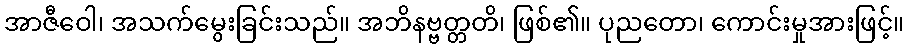
အာဇီဝေါ၊ အသက်မွေးခြင်းသည်။ အဘိနဗ္ဗတ္တတိ၊ ဖြစ်၏။ ပုညတော၊ ကောင်းမှုအားဖြင့်။